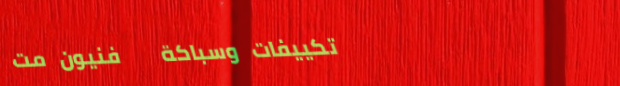
تكييفات وسباكة   فنيون مت